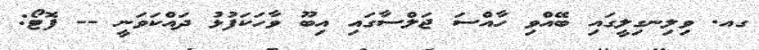
ގއ. ވިލިނގިލީގައި ބޭއްވި ހާއްސަ ޖަލްސާގައި އިބޫ ވާހަކަފުޅު ދައްކަވަނީ -- ފޮޓޯ: